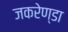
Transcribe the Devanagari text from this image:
जकरेण्डा